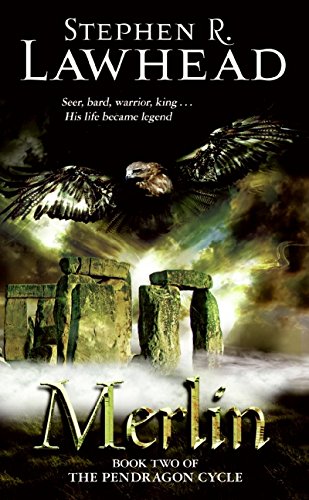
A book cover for Merlin (The Pendragon Cycle , Book 2); Stephen R. Lawhead; Science Fiction & Fantasy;